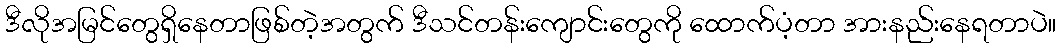
ဒီလိုအမြင်တွေရှိနေတာဖြစ်တဲ့အတွက် ဒီသင်တန်းကျောင်းတွေကို ထောက်ပံ့တာ အားနည်းနေရတာပဲ။